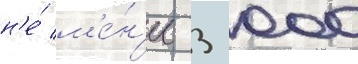
н'е́ м'е́н'ее 3 000